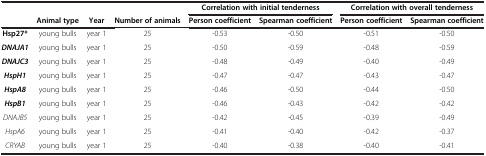
<table><thead><tr><td><b> </b></td><td><b> </b></td><td><b> </b></td><td><b> </b></td><td colspan="2"><b>Correlation with initial tenderness</b></td><td colspan="2"><b>Correlation with overall tenderness</b></td></tr><tr><td><b> </b></td><td><b>Animal type</b></td><td><b>Year</b></td><td><b>Number of animals</b></td><td><b>Person coefficient</b></td><td><b>Spearman coefficient</b></td><td><b>Person coefficient</b></td><td><b>Spearman coefficient</b></td></tr></thead><tbody><tr><td><b>Hsp27*</b></td><td>young bulls</td><td>year 1</td><td>25</td><td>-0.53</td><td>-0.50</td><td>-0.51</td><td>-0.50</td></tr><tr><td><b><i>DNAJA1</i></b></td><td>young bulls</td><td>year 1</td><td>25</td><td>-0.50</td><td>-0.59</td><td>-0.48</td><td>-0.59</td></tr><tr><td><b><i>DNAJC3</i></b></td><td>young bulls</td><td>year 1</td><td>25</td><td>-0.48</td><td>-0.49</td><td>-0.40</td><td>-0.49</td></tr><tr><td><b><i>HspH1</i></b></td><td>young bulls</td><td>year 1</td><td>25</td><td>-0.47</td><td>-0.47</td><td>-0.43</td><td>-0.47</td></tr><tr><td><b><i>HspA8</i></b></td><td>young bulls</td><td>year 1</td><td>25</td><td>-0.46</td><td>-0.50</td><td>-0.44</td><td>-0.50</td></tr><tr><td><b><i>HspB1</i></b></td><td>young bulls</td><td>year 1</td><td>25</td><td>-0.46</td><td>-0.43</td><td>-0.42</td><td>-0.42</td></tr><tr><td><i>DNAJB5</i></td><td>young bulls</td><td>year 1</td><td>25</td><td>-0.42</td><td>-0.45</td><td>-0.39</td><td>-0.49</td></tr><tr><td><i>HspA6</i></td><td>young bulls</td><td>year 1</td><td>25</td><td>-0.41</td><td>-0.40</td><td>-0.42</td><td>-0.37</td></tr><tr><td><i>CRYAB</i></td><td>young bulls</td><td>year 1</td><td>25</td><td>-0.40</td><td>-0.38</td><td>-0.40</td><td>-0.41</td></tr></tbody></table>